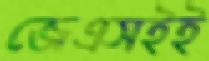
জেএসইই